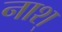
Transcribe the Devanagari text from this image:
नाश्